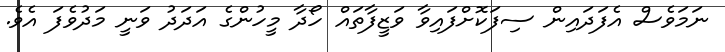
ނަމަވެސް އެފަދައިން ސިފަކޮށްފައިވާ ވަޒީފާތައް ހޯދާ މީހުންގެ އަދަދު ވަނީ މަދުވެފަ އެވެ.